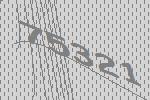
75321